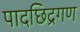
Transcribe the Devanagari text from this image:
पादछिद्रगण